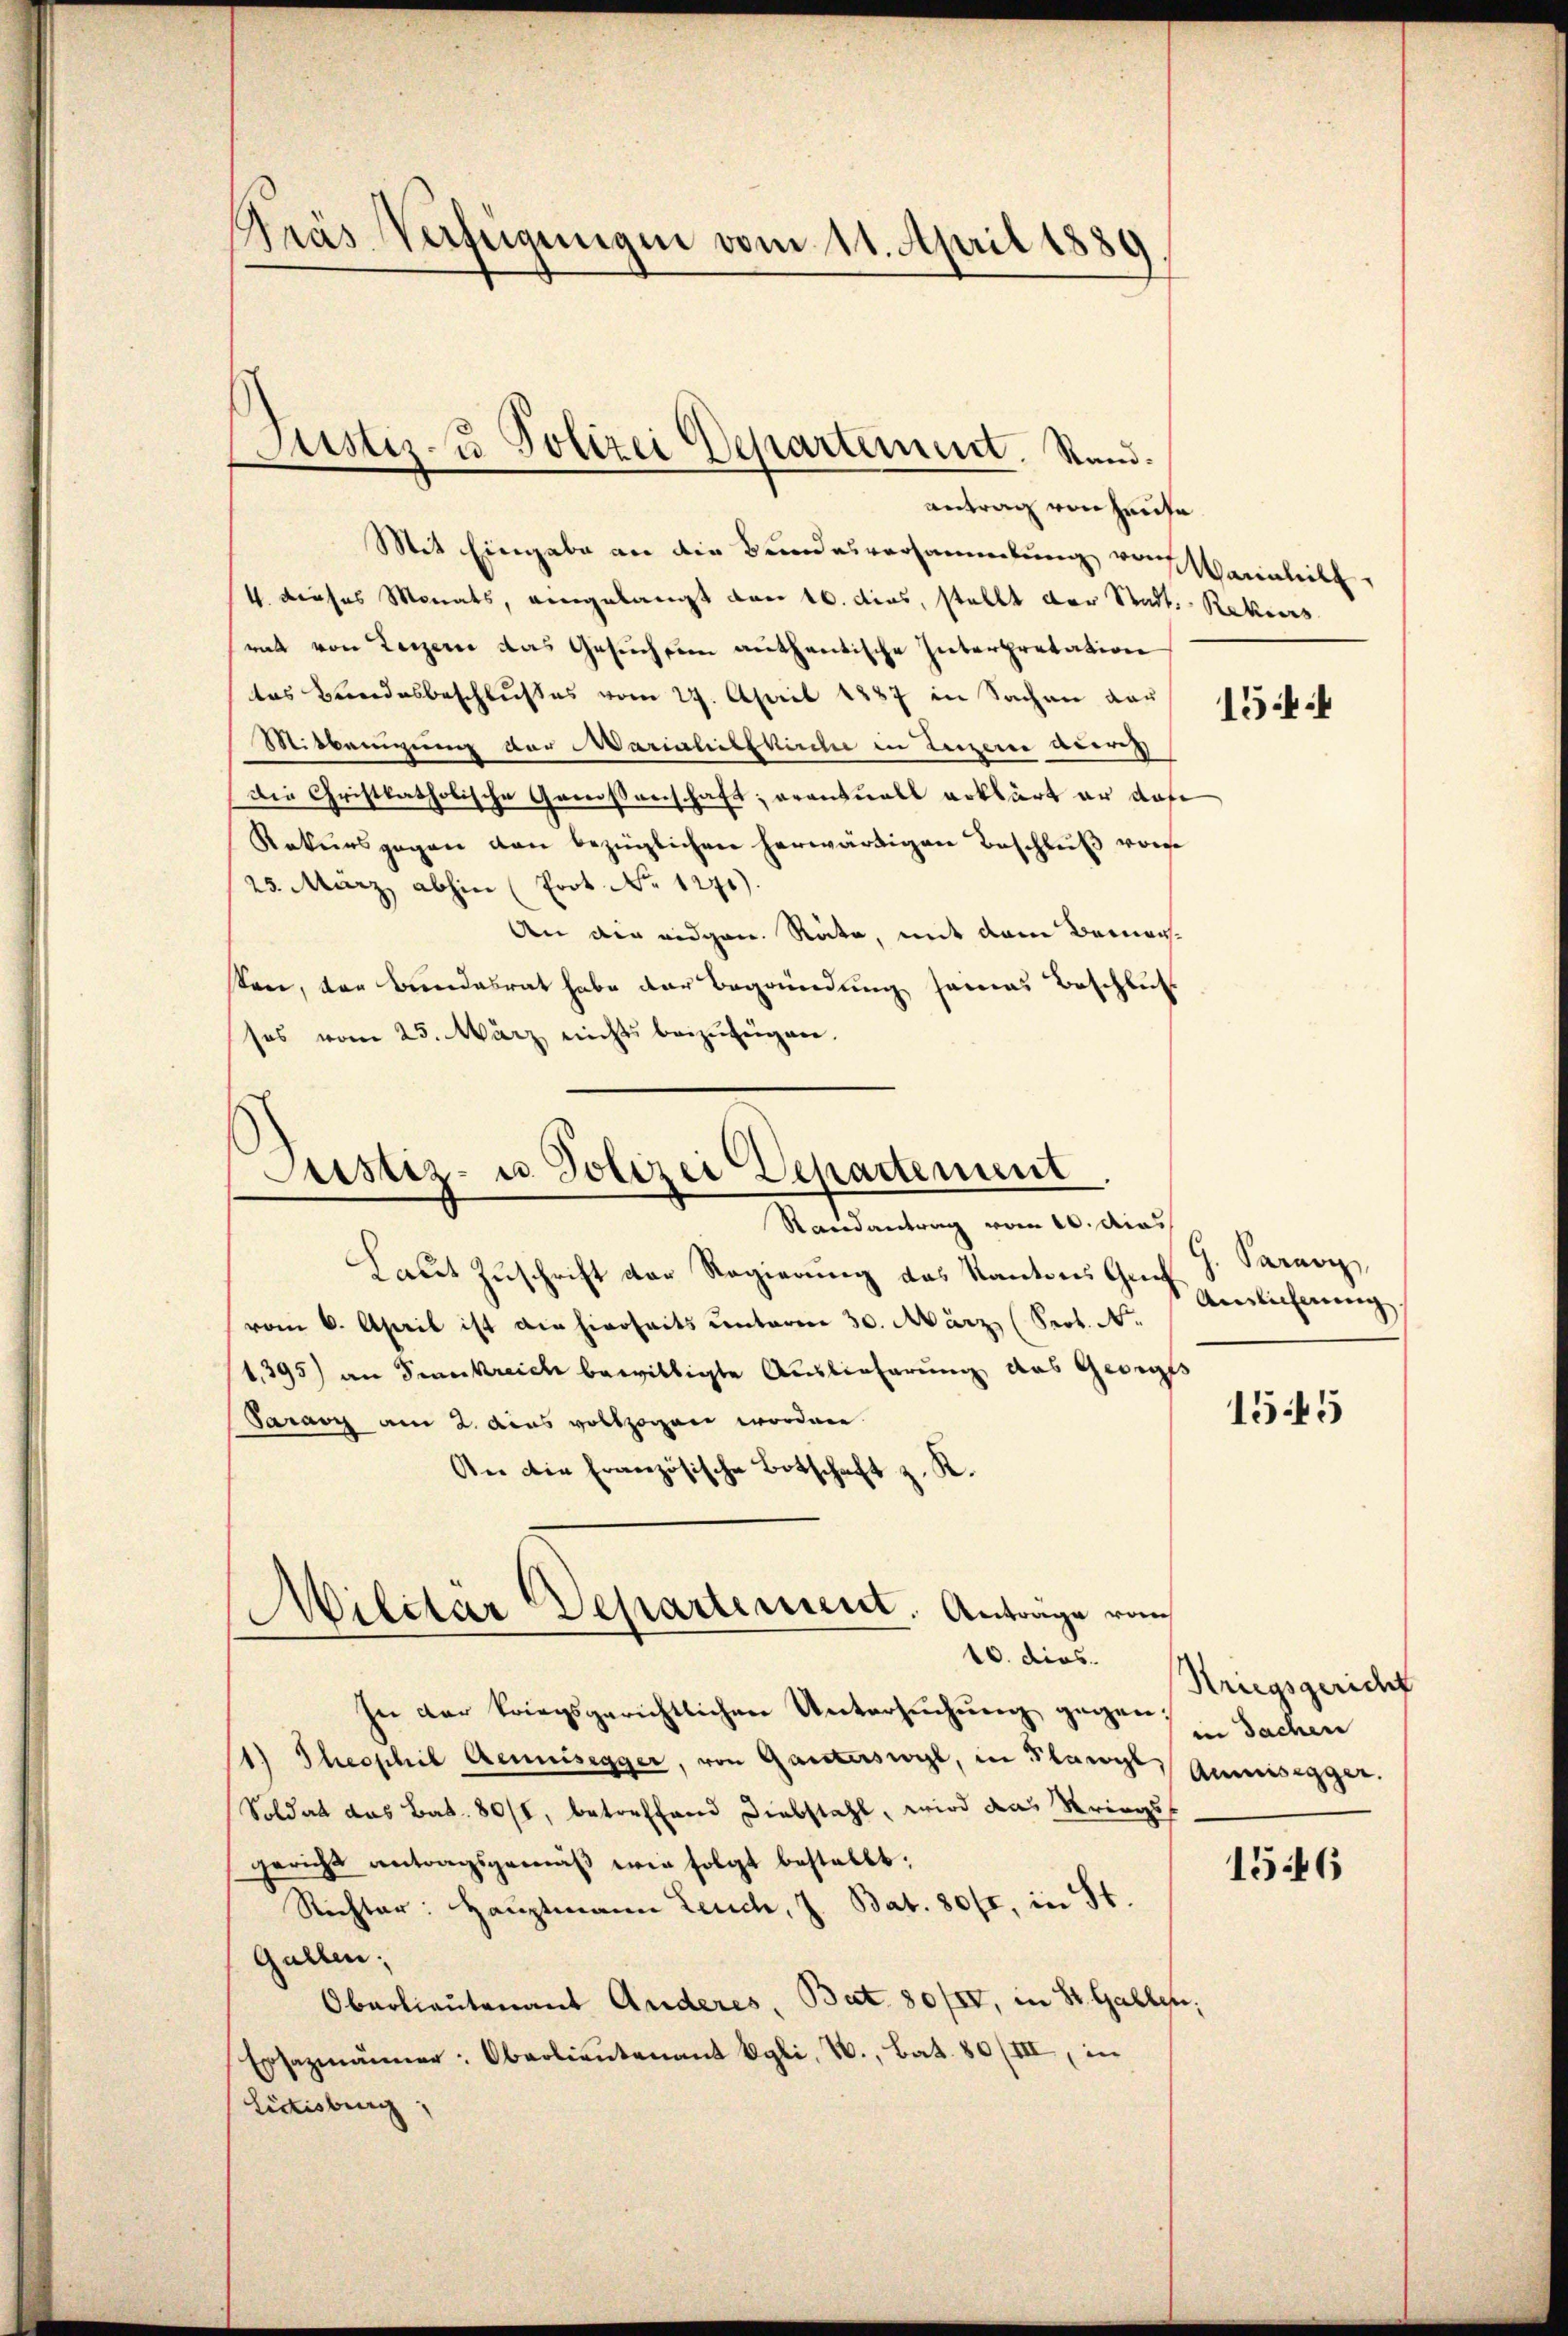
antrag von Hause
Mit Eingabe an die Bundesversammlung verainlich
4. dieses Monats, eingelangt von 16. dies, stellt der Stadt Rekurs
rat von Lezzere das Gesuch im authentische Interpretation
tes Bundesbeschlußes vom 27. April 1887 in Sachen dar
Mitbenigung der Marialiefkirche in Leigerer Aderes
Die Christkatholische Genossenschaft; erantwoll erklärt er das
Rekursgegen von bezüglichen herwärtigen Beschluß von
25. März abhin (Prot. No 1271).
An die eidgen. Räte, mit dem Bernachten, der Bundesrat habe der Begründung seines Beschluß
ses vom 25. März nichts beizufügen.

Krás Verfügungen vom 11. April 1889

Justiz- u Polizei Departement. Stand.

Justiz- u. Polizei Departement
Randantrag vom 10. dies

Laut Zuschrift der Regierung das Kantons Gech
vom 6. April ist die hierheits unterm 30. März (Seot. N.
1,395) an Frankreich bewilligte Auslieferung das Georges
Paravy am 2. das vollzogen worden.
An die Französische Botschaft z. K.

Militar Departement. Anträge von
10. dies

In der kriegsgerichtlichen Untersuchung gegen.
Theophil Gemeisegger, von Garterswyl, in Flawyl, Aumisegger.
Soldat das Bat. 80/1, betreffend Diebstahl, wird das Kriegsgericht antragsgemäβ wir folgt bestellt;
Rechter: Hauptmann Leuch, J. Bat. 80fr, in St.
Gallen;
Oberlieutenant Anderes, Bat. 80/IV, in St. Gallen,
Ersazmänner: Oberlieŭtenant Egli, V., Bat. 80 (III, in
Lidisburg,

154.

G. Paravi
Ainlicherung.

1545

Striegsgericht
in Sachen

1546